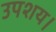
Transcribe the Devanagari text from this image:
उपशय।